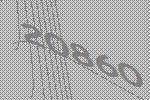
20860